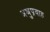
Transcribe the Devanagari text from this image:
अश्रुप्रवाह